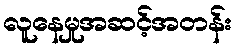
လူနေမှုအဆင့်အတန်း